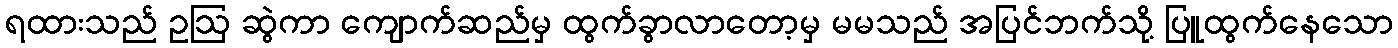
ရထားသည် ဥဩ ဆွဲကာ ကျောက်ဆည်မှ ထွက်ခွာလာတော့မှ မမသည် အပြင်ဘက်သို့ ပြူထွက်နေသော